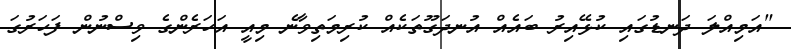
"އަމިއްލަ ދަނޑުގައި ކުޅޭޭއިރު ބައެއް އުނދަގޫތަކެއް ކުރިމަތިވާނެ މިއީ އަހަރެންގެ ވިސްނުން ފަހަރުގަ